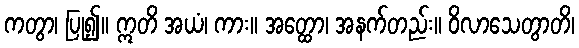
ကတွာ၊ ပြု၍။ ဣတိ အယံ၊ ကား။ အတ္ထော၊ အနက်တည်း။ ဝိလာသေတွာတိ၊